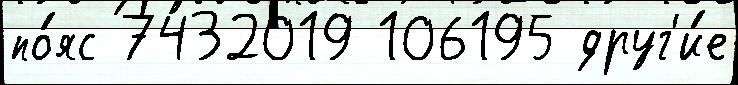
по́яс 7432019 106195 друг'и́е